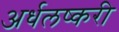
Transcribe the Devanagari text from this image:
अर्धलष्करी